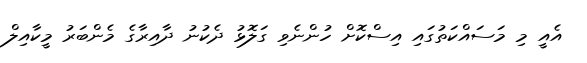
އެއީ މި މަސައްކަތުގައި އިސްކޮށް ހުންނެވި ގަލޮޅު ދެކުނު ދާއިރާގެ މެންބަރު މީކާއިލް